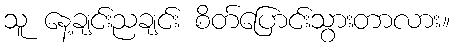
သူ နေ့ချင်းညချင်း စိတ်ပြောင်းသွားတာလား။